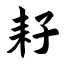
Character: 耔